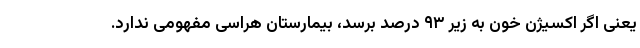
یعنی اگر اکسیژن خون به زیر ۹۳ درصد برسد، بیمارستان هراسی مفهومی ندارد.